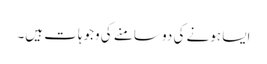
ایسا ہونے کی دو سامنے کی وجوہات ہیں۔